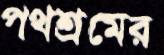
পথশ্রমের